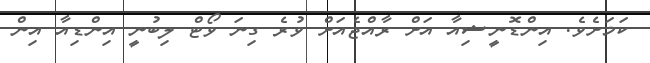
ކަމަށެެވެ. އިންޑޮނީޝިއާ އަށް ރާއްޖެއަށް ވުރެ ގިނަ ވޯޓް ލިބުނީ އިންޑިއާ އިން